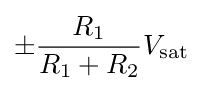
\pm {\frac {R_{1}}{R_{1}+R_{2}}}V_{\text{sat}}